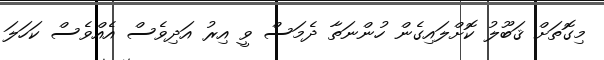
މިގޮތަށް ޤަބޫލު ކޮށްލައިގެން ހުންނަތާ ދެމަސް ވީ އިރު އަދިވެސް އެއްވެސް ކަހަލަ